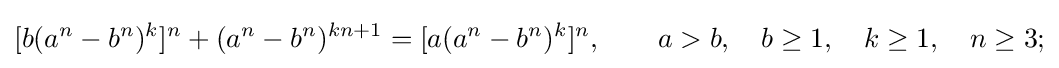
[b(a^{n}-b^{n})^{k}]^{n}+(a^{n}-b^{n})^{kn+1}=[a(a^{n}-b^{n})^{k}]^{n},\quad \quad a>b,\quad b\geq 1,\quad k\geq 1,\quad n\geq 3;